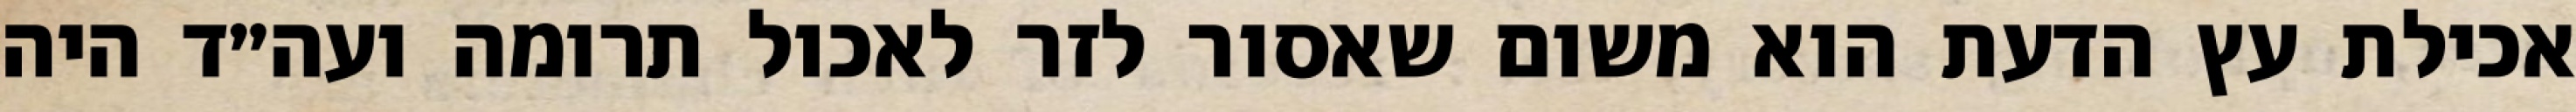
אכילת עץ הדעת הוא משום שאסור לזר לאכול תרומה ועה״ד היה